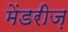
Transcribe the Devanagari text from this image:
मेंडरीज़